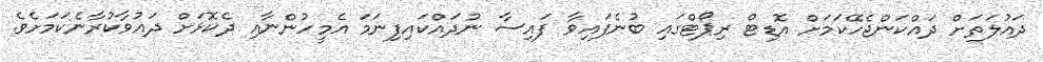
ދައުލަތަށް ދައްކަންޖެހޭކަމަށް އޮޑިޓް ރިޕޯޓްގައި ބުނެފައިވާ ފައިސާ ނުދައްކައިފިނަމަ އެމީހުންނާއި ދެކޮޅަށް ދައުވާކުރާނެކަމަށެވެ.